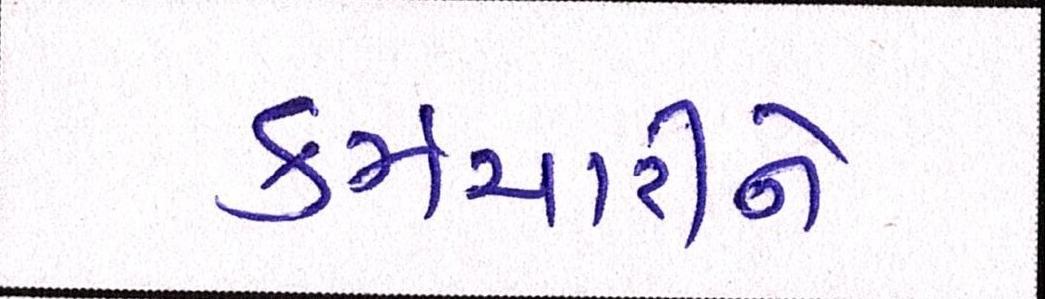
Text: કર્મચારીને